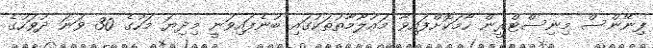
ފިނޭންސް މިނިސްޓްރީން ހާމަކޮށްފައިވާ މައުލޫމާތުތަކުގައި ބުނެފައިވަނީ މިދިޔަ މަހުގެ 30 ވަނަ ދުވަހުގެ